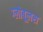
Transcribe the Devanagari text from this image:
ग्लोबूलस